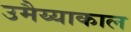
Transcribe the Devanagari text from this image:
उमैय्याकाल